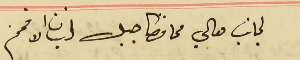
لجانب معالي محافظ جبل لبنان الافخم